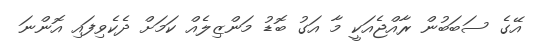
އޭގެ ސަބަބުން ރާއްޖެއަކީ މާ އަގު ބޮޑު މަންޒިލެއް ކަމަށް ދެކެވިފައި އޮންނަ